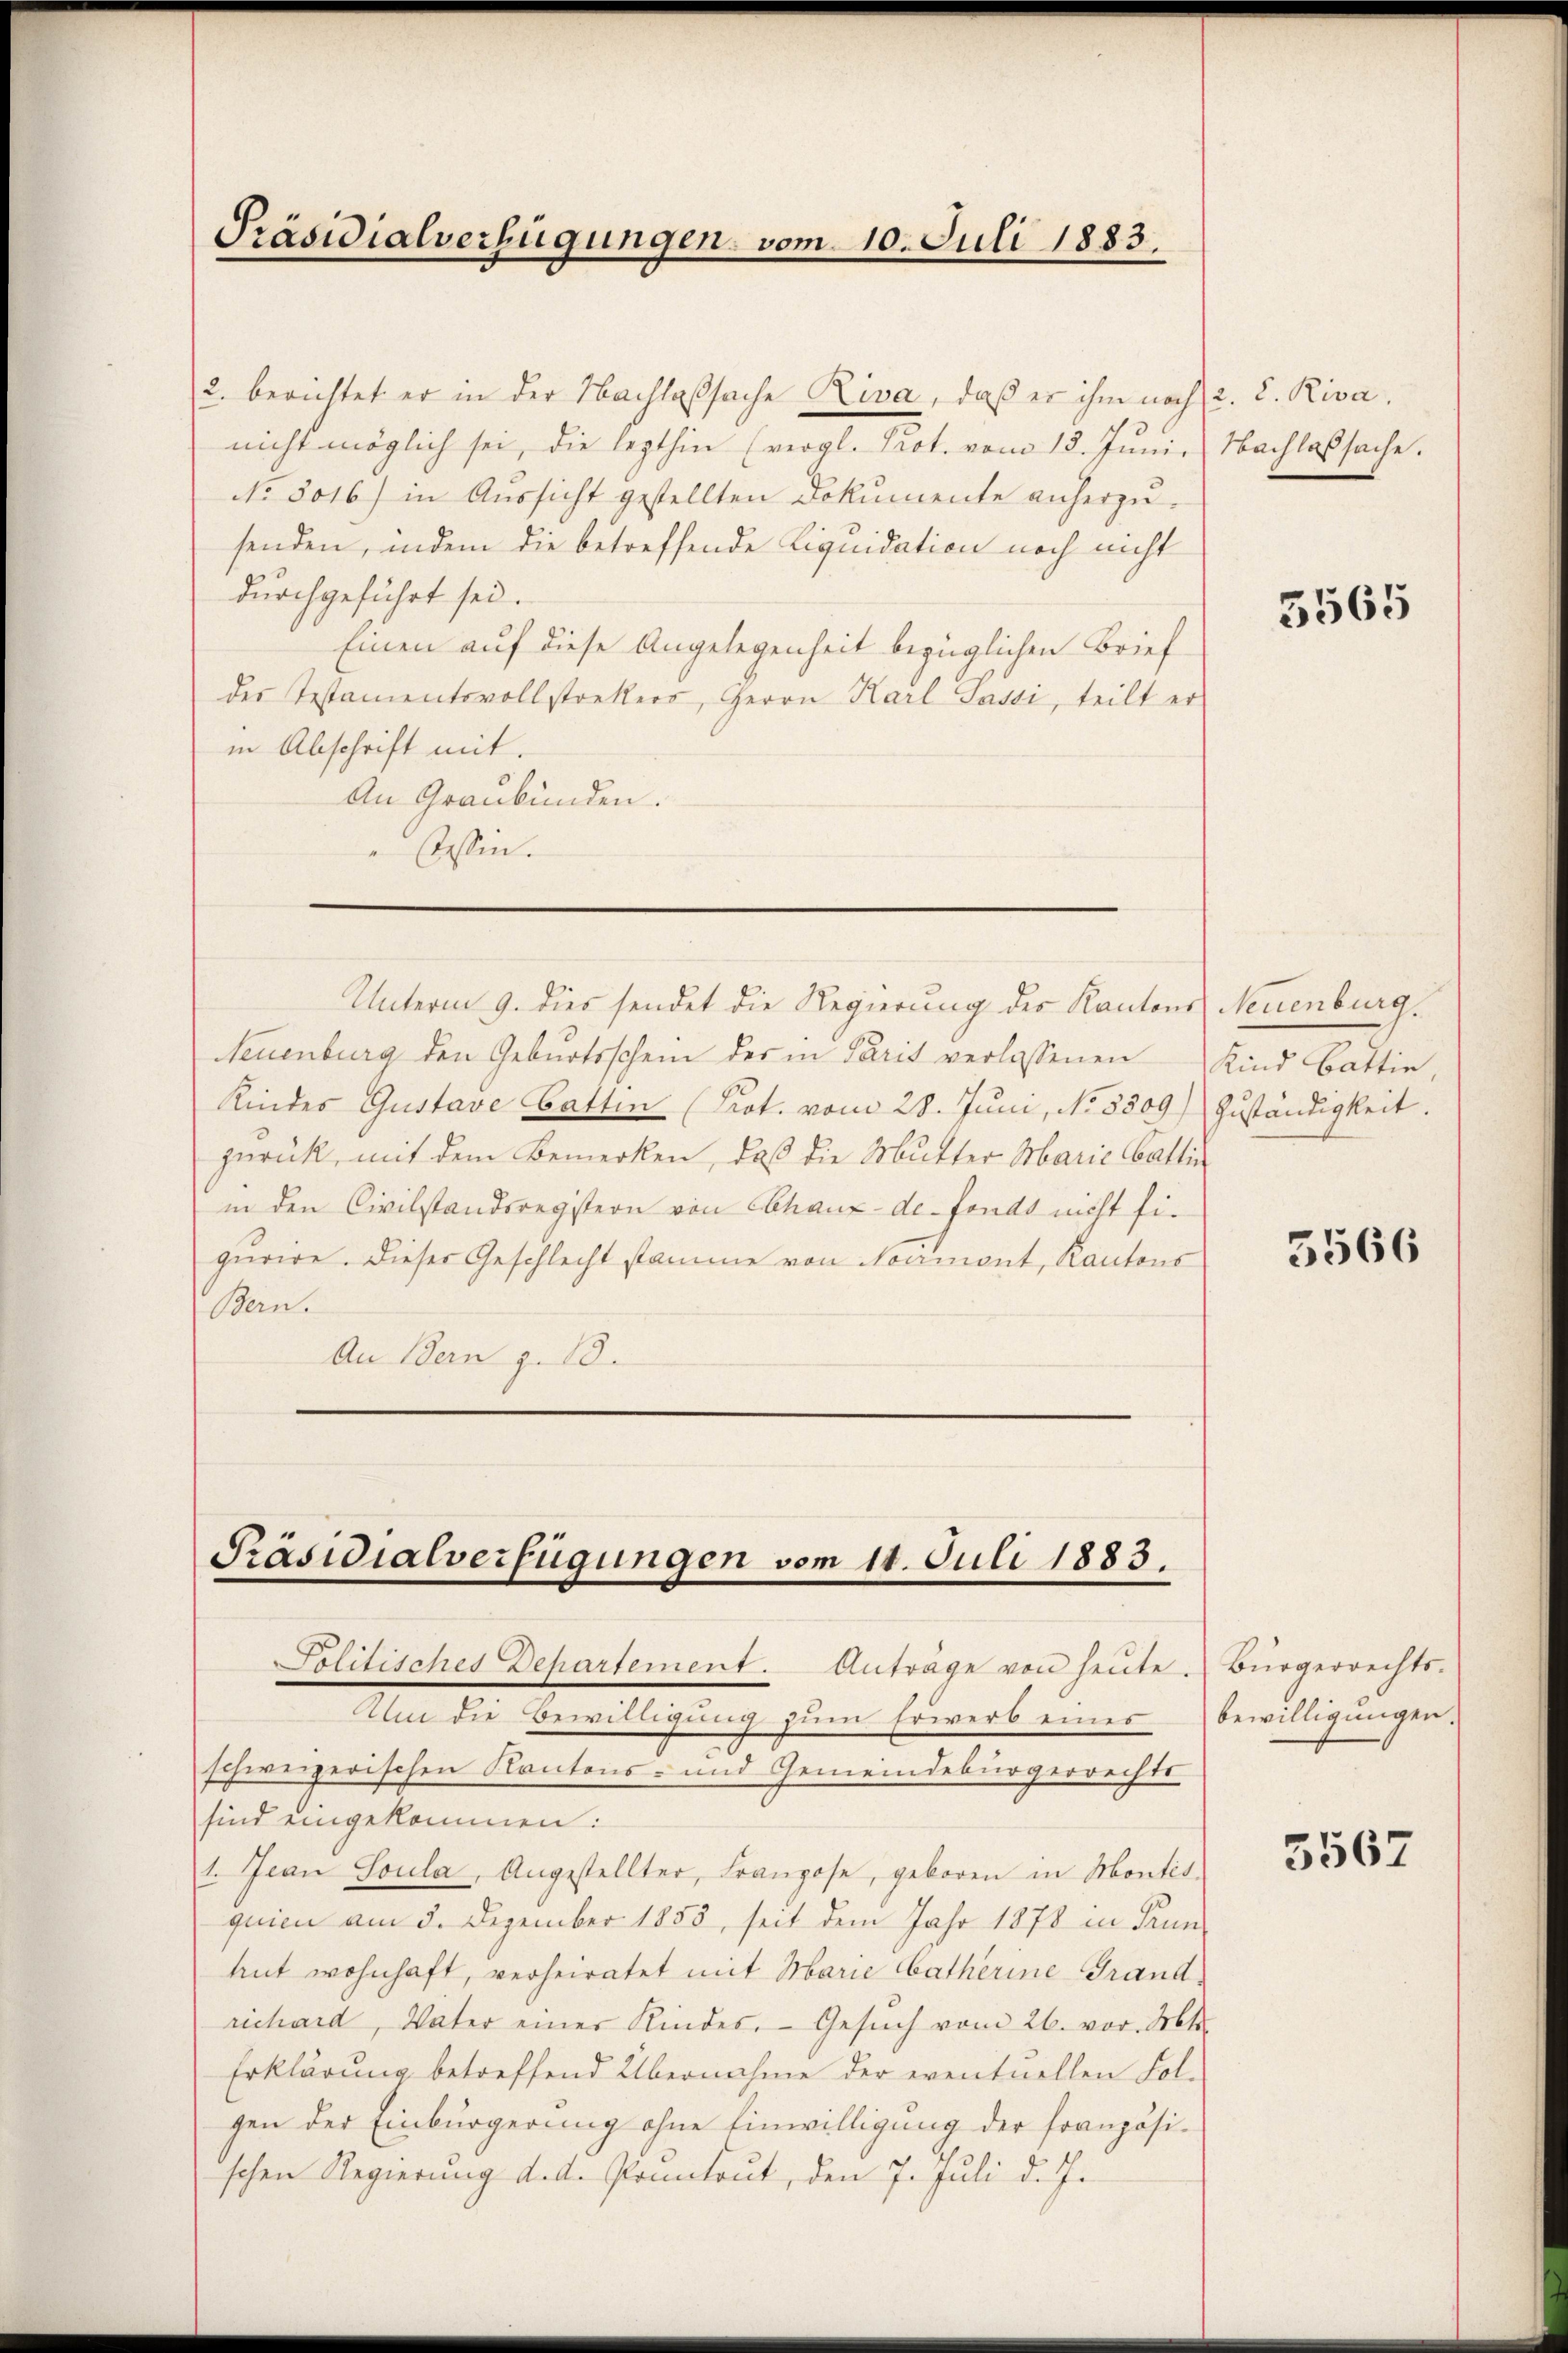
nicht möglich sei, die lezthin (vergl. Prot. vom 13. Juni. Nachlaßsache.
No. 5016) in Aussicht gestellten Dokumente anherzusenden, indem die betreffende Liquidation noch nicht
durchgeführt sei.
Einen auf diese Angelegenheit bezüglichen Brief
der Testamentsvollstrekers, Herrn Karl Sassi, teilt er
in Abschrift mit.
An Graubünden.
Tessin.

Präsidialverfügungen, vom 10. Juli 1883.

Unterm 9. dies sendet die Regierung des Kantons Neuenburg.
Neuenburg den Geburtsschein der in Paris verlassenen Kind battin,
Kindes Gustave Gattin (Prot. vom 28. Juni, No 5809) Zuständigkeit.
zurück, mit dem Bemerken, daß die Mutter Marie Gatti
in den Civilstandsregistern von Chaux-de-Fonds nicht figurire. Dieser Geschlecht stamme von Noamont, Kantons
Bern.
An Bern z. 18.

Präsidialverfügungen vom 14. Juli 1883.

2. berichtet er in der Nachlaßsache Riva, daß er ihm noch 2. d. Riva

Politisches Departement. Anträge von heŭte. Bürgerrechts-

sind eingekommen:
1. Jean Soula, Angestellter, Franzose, geboren in Montis
quien am 3. Dezember 1855, seit dem Jahr 1878 in Prun
hut wohnhaft, verheiratet mit Marie batherine Grandrichard, Vater einer Kindes. Gesŭch vom 26. vor. Mt
Erklärung betreffend Übernahme der eventuellen Folgen der Einbürgerung ohne Einwilligung der französischen Regierung d. d. Pontout, den 7. Juli d. J.

Aln die Bewilligung zum Erwerb eines
schweizerischen Kantons- und Gemeindebürgerrechts

5565

5566

bewilligungen.

5567